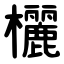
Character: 欐